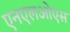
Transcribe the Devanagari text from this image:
एनएलओएस